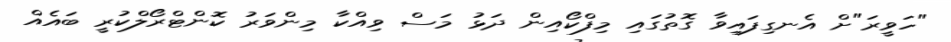
"ހަވީރަ"ށް އެނގިފައިވާ ގޮތުގައި މިފްކޯއިން ދަޅު މަސް ވިއްކާ މިންވަރު ކޮންޓްރޯލްކުރީ ބައެއް